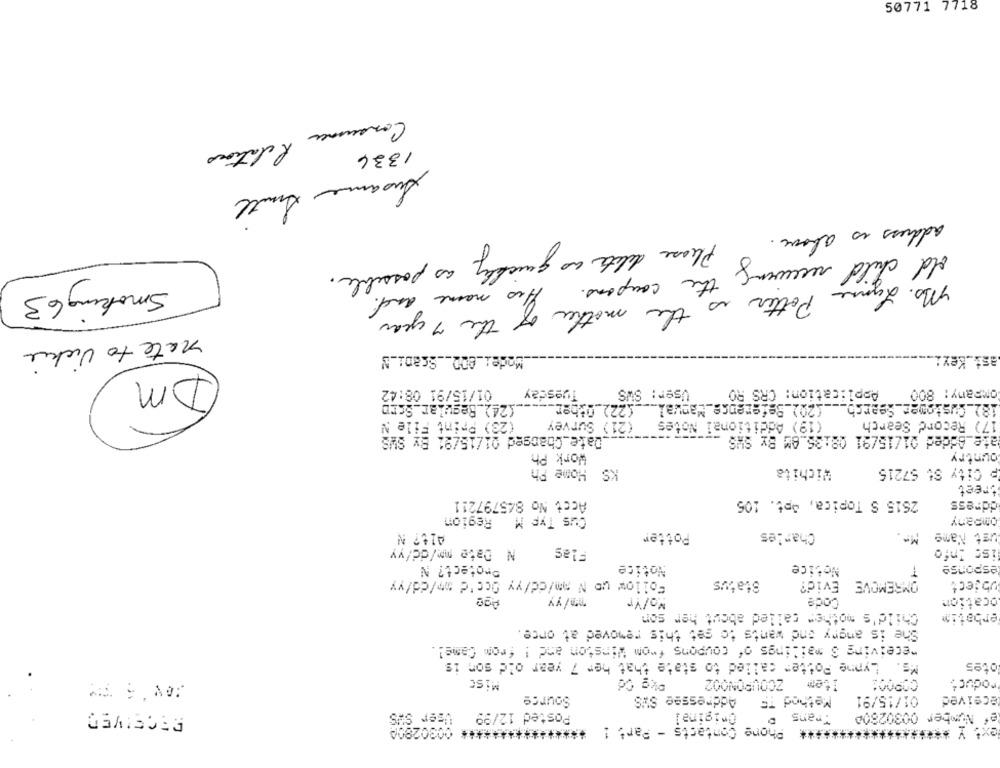
50771 7718
Consumer
Relations
1336
Susanne Smith
address is above.
off child rece 8 please delete as quickly as possible .
Smoking 63
the coupons.
name and.
Ms. Lynne Potter is
the mother
the 7 years
nate to Vickie
Model_802 __ Scan ___
ast_Key :.
Dm
01/15/91 08:42
Tuesday
User: SWS
Application: CRS RO
ompany: 800
(24)_Regular_Scro
(20) Seference_Mapval ___ (22)_Other
18)_ Customer_Search _.
E File N
(23) Print
(21) Survey
nai Notes
(19) Additional ;
17) Record Search
_Date_Changed 01/15/91 By SWS
ate Added 01/15/91 08:35.8M BY SWS
Work Ph
ountry
KS Home Ph
Wichita
P City St 57216
breet
2515 S Topica, åpt. 105
Acct No 845797211
ddress
Cus Typ M Region
ompany
Potter
Charles
ust Name
N Date mm/dc/yy
Flas
isc Info
Protect? N
Notice
Notice
esponse
Follow up N mm/dd/yy Occ'd mm/dd/yy
Status
Evid?
OMREMOVE
Object
Age
ww/yy
Mo/Yr
Code
ocation
Child's mother called about her son
erbatim
She is angry and wants to get this removed at once.
"eceiving S mailings of coupons from Winston and ! from Camel.
Lynne Potter called to state that her 7 year old son is
Misc
Dkg Cd
ZCOUPON002
Product
Source
Addressee SWS
Method TE
01/15/91
eceived
RECEIVED
User SWS
Posted 12/99
Original
Trans D
ef Number 00302800
***************** 0030280A
****** Phone Contacts - Part !
ext Y